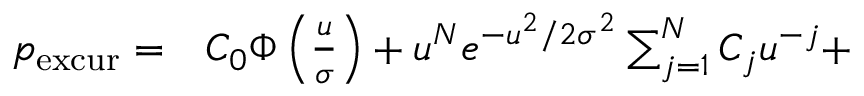
\begin{array} { r l } { p _ { \mathrm { e x c u r } } = } & { { } C _ { 0 } \Phi \left( \frac { u } { \sigma } \right) + u ^ { N } e ^ { - u ^ { 2 } / 2 \sigma ^ { 2 } } \sum _ { j = 1 } ^ { N } C _ { j } u ^ { - j } + } \end{array}